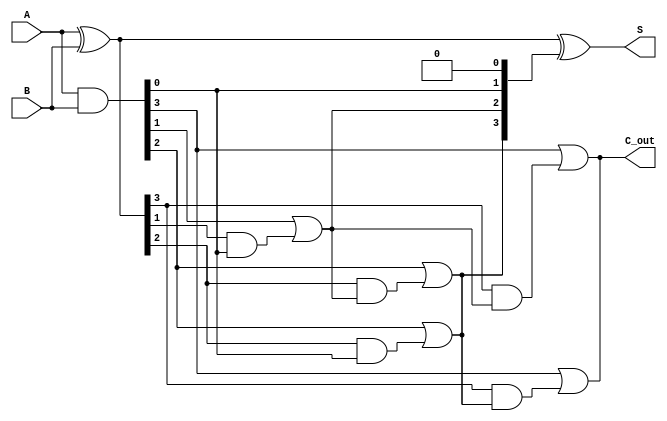
module parallel_prefix_adder #(
    parameter N = 4  // Bit width of the adder
)(
    input [N-1:0] A,  // First input
    input [N-1:0] B,  // Second input
    output [N-1:0] S, // Sum output
    output C_out      // Carry output
);

    // Generate and Propagate signals
    wire [N-1:0] G; // Generate signals
    wire [N-1:0] P; // Propagate signals
    wire [N:0] C;   // Carry signals (C[0] is the carry-in, C[N] is the carry-out)

    // Generate and Propagate equations
    assign G = A & B;          // G_i = A_i * B_i
    assign P = A ^ B;          // P_i = A_i ^ B_i

    // Carry generation using Kogge-Stone method
    genvar i, j;

    // Initial carry-in
    assign C[0] = 1'b0; // Assume C_in is 0

    // Level 1
    for (i = 0; i < N; i = i + 1) begin
        assign C[i + 1] = G[i] | (P[i] & C[i]);
    end

    // Level 2
    for (j = 0; j < N-1; j = j + 1) begin
        assign C[j + 1] = G[j] | (P[j] & C[j]);
        assign C[j + N/2 + 1] = G[j + N/2] | (P[j + N/2] & C[j + 1]);
    end

    // Sum calculation
    assign S = P ^ C[N-1:0];  // S_i = P_i ^ C_{i-1}

    // Final carry-out
    assign C_out = C[N];  // The final carry-out

endmodule